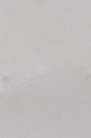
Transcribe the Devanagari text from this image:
रत्नराजमाविलाई